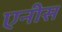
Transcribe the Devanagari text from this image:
एनीस